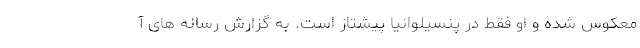
معکوس شده و او فقط در پنسیلوانیا پیشتاز است. به گزارش رسانه های آ